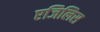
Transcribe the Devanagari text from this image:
एजिलिस